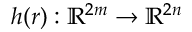
\boldsymbol { h } ( \boldsymbol { r } ) : \mathbb { R } ^ { 2 m } \rightarrow \mathbb { R } ^ { 2 n }